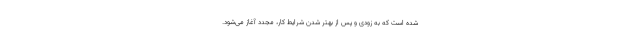
شده است که به زودی و پس از بهتر شدن شرایط کار، مجدد آغاز می‌شود.